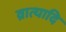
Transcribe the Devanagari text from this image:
व्रात्यादि